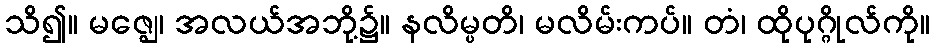
သိ၍။ မဇ္ဈေ၊ အလယ်အဘို့၌။ နလိမ္ပတိ၊ မလိမ်းကပ်။ တံ၊ ထိုပုဂ္ဂိုလ်ကို။